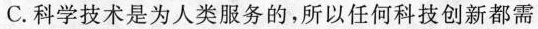
C.科学技术是为人类服务的，所以任何科技创新都需